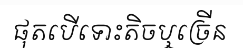
ផុតបើទោះតិចឬច្រើន